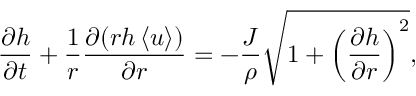
\frac { \partial h } { \partial t } + \frac { 1 } { r } \frac { \partial ( r h \left\langle u \right\rangle ) } { \partial r } = - \frac { J } { \rho } \sqrt { 1 + \left( \frac { \partial h } { \partial r } \right) ^ { 2 } } ,